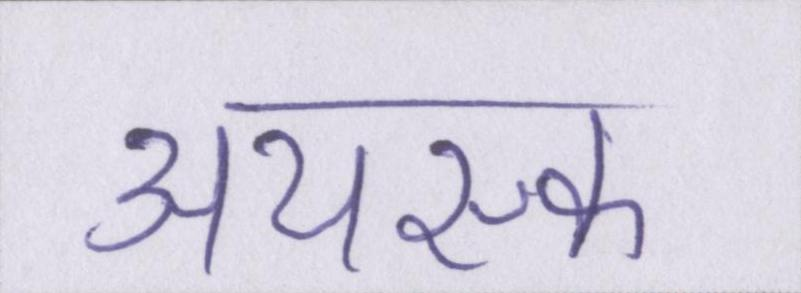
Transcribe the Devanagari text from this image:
अयस्क